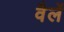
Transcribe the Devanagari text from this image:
वैर्ले